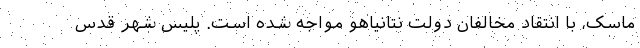
ماسک، با انتقاد مخالفان دولت نتانیاهو مواجه شده است. پلیس شهر قدس